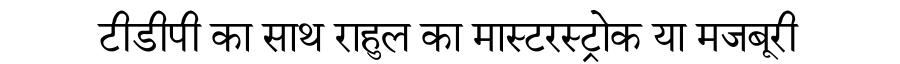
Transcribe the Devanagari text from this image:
टीडीपी का साथ राहुल का मास्टरस्ट्रोक या मजबूरी